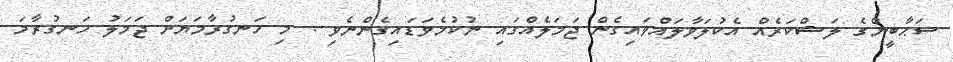
ސަޙާބީންގެ ލަޝްކަރެއް އެކުލަވާލައްވައިގެން ޖަމަލެއްގައި ނުކުމެވަޑައިގެންނެވި . މި ހަނގުރާމަޔަށް ޖަމަލު ހަނގުރާމަ